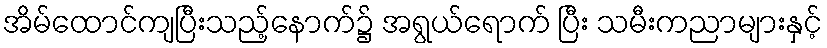
အိမ်ထောင်ကျပြီးသည့်နောက်၌ အရွယ်ရောက် ပြီး သမီးကညာများနှင့်